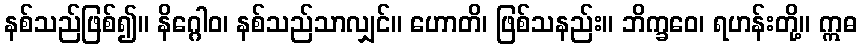
နစ်သည်ဖြစ်၍။ နိဂ္ဂေါဝ၊ နစ်သည်သာလျှင်။ ဟောတိ၊ ဖြစ်သနည်း။ ဘိက္ခဝေ၊ ရဟန်းတို့။ ဣဓ